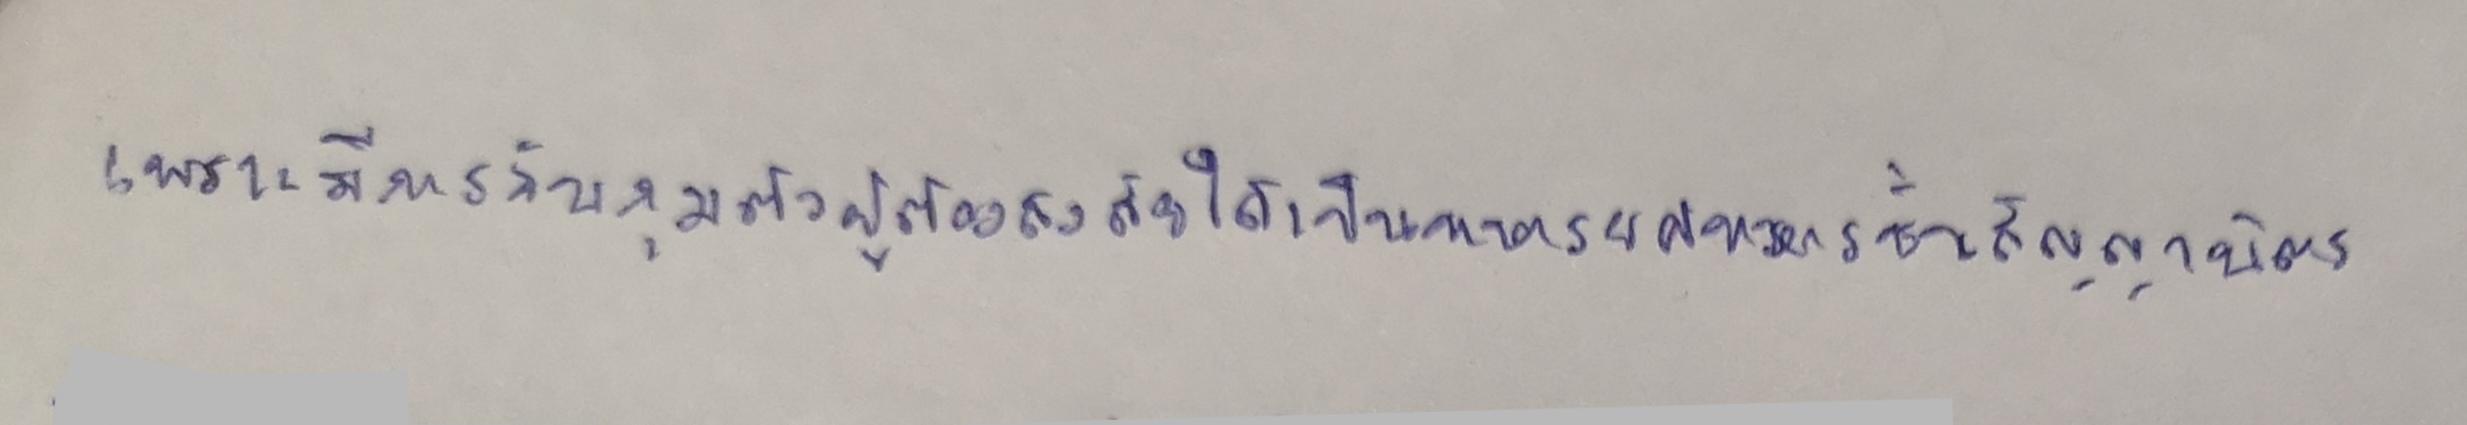
เพราะมีการจับกุมตัวผู้ต้องสงสัยได้เป็นทหารยศทหารชั้นสัญญาบัตร